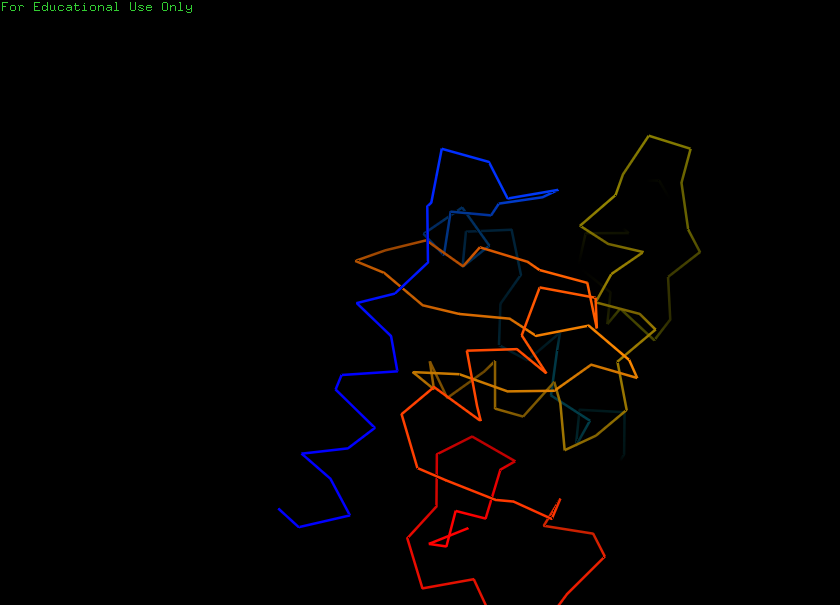
pymol, preset, ligands